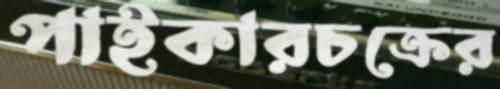
পাইকারচক্রের